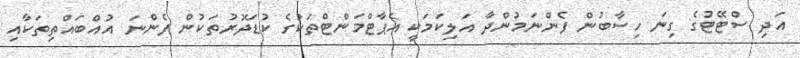
އަދި ސްޓޭޓުގެ ގިނަ ހިސާބުން ފެންނަމުންދާ އަލިކަމަކީ އެޕާޓްމަންޓްތަކުގެ ކުޑަދޮރުތަކުން ފެންނަ އުއްބައްތިތަކާއި